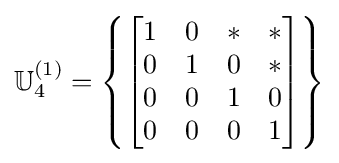
\mathbb {U} _{4}^{(1)}=\left\{{\begin{bmatrix}1&0&*&*\\0&1&0&*\\0&0&1&0\\0&0&0&1\end{bmatrix}}\right\}